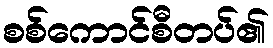
စစ်ကောင်စီတပ်၏